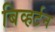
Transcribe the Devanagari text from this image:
बिव्हर्टन